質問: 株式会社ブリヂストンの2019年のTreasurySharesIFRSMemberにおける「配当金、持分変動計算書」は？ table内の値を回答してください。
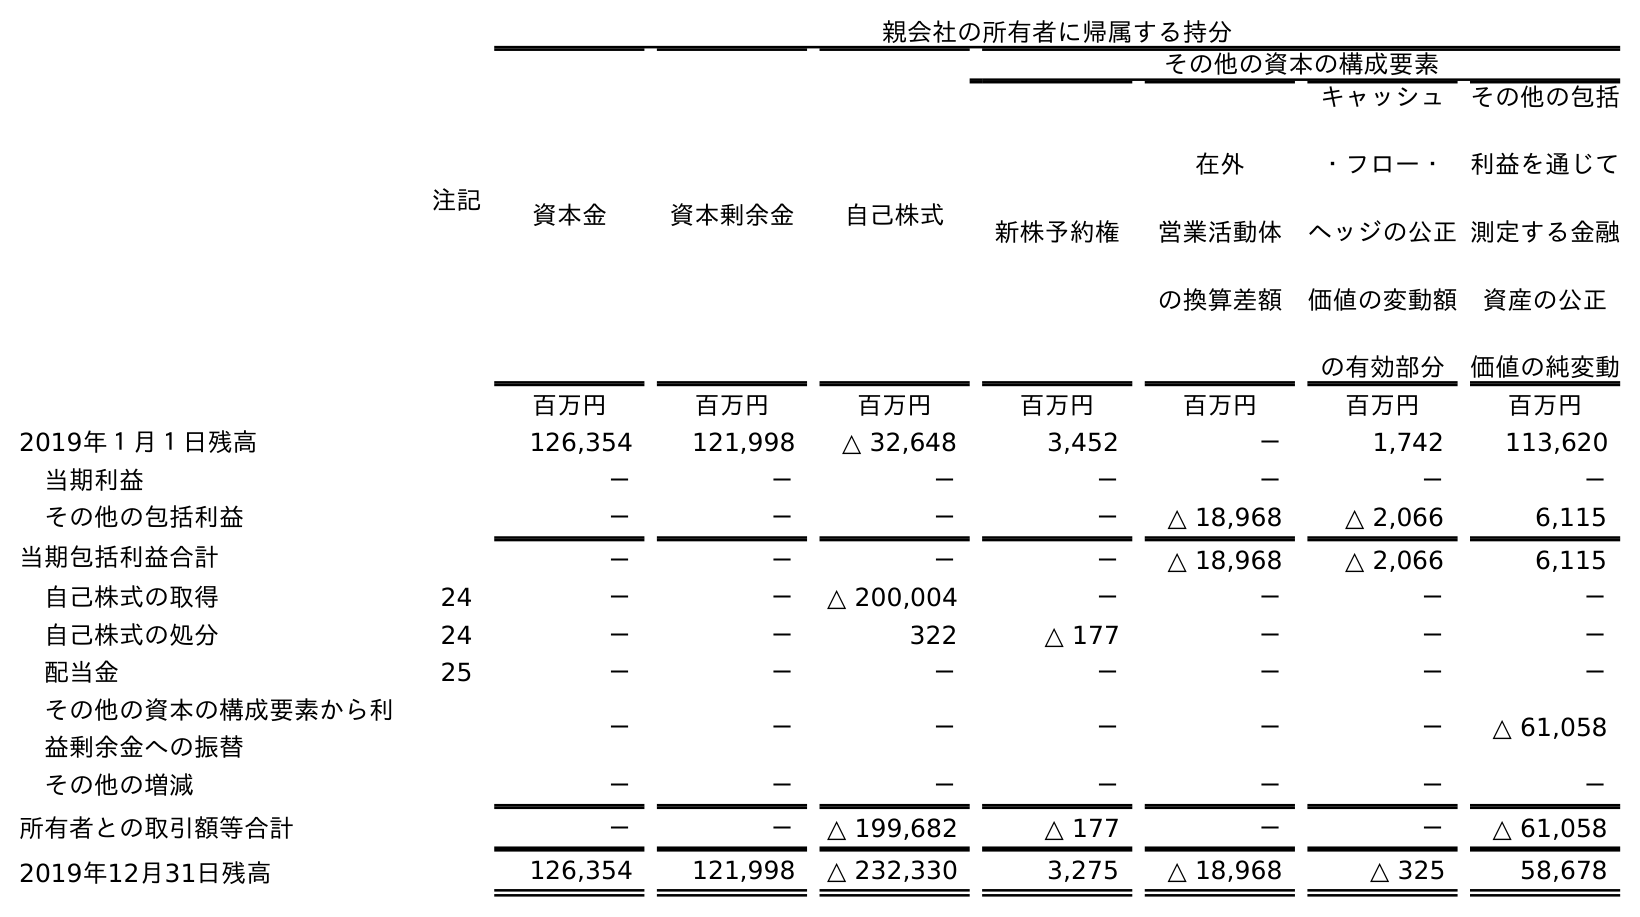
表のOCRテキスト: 注記 親会社の所有者に帰属する持分 資本金 資本剰余金 自己株式 その他の資本の構成要素 新株予約権 在外 営業活動体 の換算差額 キャッシュ ・フロー・ ヘッジの公正 価値の変動額 の有効部分 その他の包括 利益を通じて 測定する金融 資産の公正 価値の純変動 百万円 百万円 百万円 百万円 百万円 百万円 百万円 2019年１月１日残高 126,354 121,998 △ 32,648 3,452 － 1,742 113,620 当期利益 － － － － － － － その他の包括利益 － － － － △ 18,968 △ 2,066 6,115 当期包括利益合計 － － － － △ 18,968 △ 2,066 6,115 自己株式の取得 24 － － △ 200,004 － － － － 自己株式の処分 24 － － 322 △ 177 － － － 配当金 25 － － － － － － － その他の資本の構成要素から利 益剰余金への振替 － － － － － － △ 61,058 その他の増減 － － － － － － － 所有者との取引額等合計 － － △ 199,682 △ 177 － － △ 61,058 2019年12月31日残高 126,354 121,998 △ 232,330 3,275 △ 18,968 △ 325 58,678
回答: －